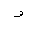
Letter: _waw